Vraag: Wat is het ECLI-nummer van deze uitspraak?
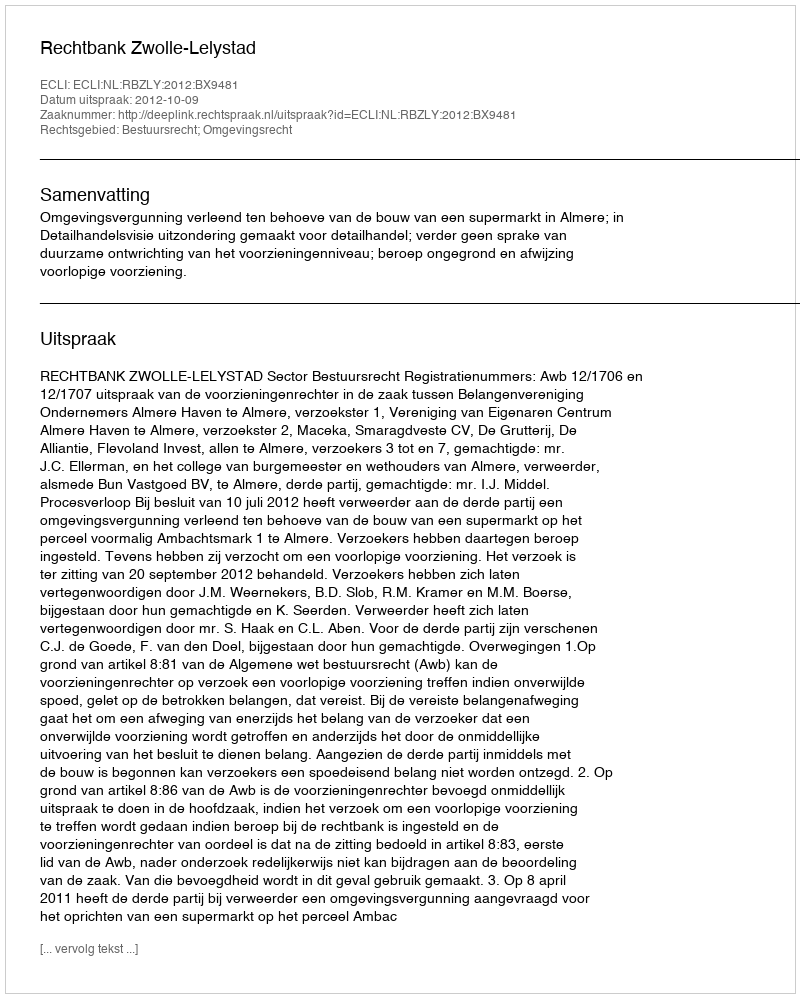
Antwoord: ECLI:NL:RBZLY:2012:BX9481